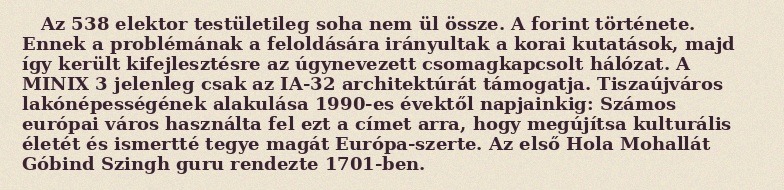
Az 538 elektor testületileg soha nem ül össze. A forint története. Ennek a problémának a feloldására irányultak a korai kutatások, majd így került kifejlesztésre az úgynevezett csomagkapcsolt hálózat. A MINIX 3 jelenleg csak az IA-32 architektúrát támogatja. Tiszaújváros lakónépességének alakulása 1990-es évektől napjainkig: Számos európai város használta fel ezt a címet arra, hogy megújítsa kulturális életét és ismertté tegye magát Európa-szerte. Az első Hola Mohallát Góbind Szingh guru rendezte 1701-ben.